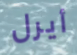
أيرل